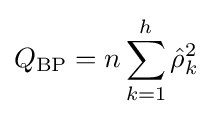
Q_{\text{BP}}=n\sum _{k=1}^{h}{\hat {\rho }}_{k}^{2}